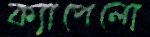
ক্যাপেলো